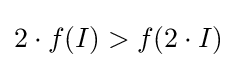
2\cdot f(I)>f(2\cdot I)